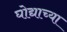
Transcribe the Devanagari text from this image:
घोद्याच्या